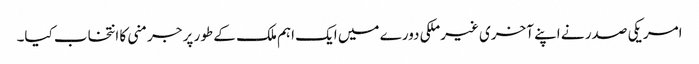
امریکی صدر نے اپنے آخری غیرملکی دورے میں ایک اہم ملک کے طور پر جرمنی کا انتخاب کیا۔